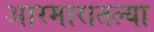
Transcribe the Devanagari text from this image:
आरमारातल्या